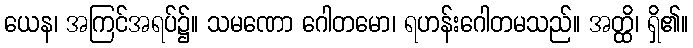
ယေန၊ အကြင်အရပ်၌။ သမဏော ဂေါတမော၊ ရဟန်းဂေါတမသည်။ အတ္ထိ၊ ရှိ၏။